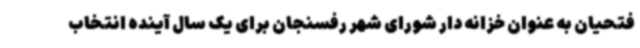
فتحیان به عنوان خزانه دار شورای شهر رفسنجان برای یک سال آینده انتخاب